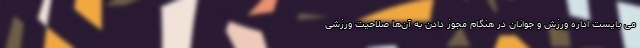
می بایست اداره ورزش و جوانان در هنگام مجوز دادن به آن‌ها صلاحیت ورزشی